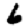
Digit: 6